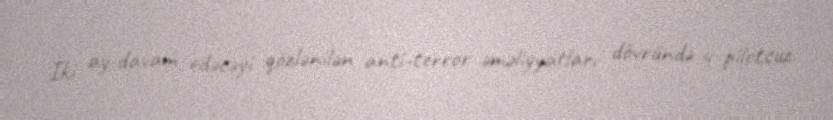
İki ay davam edəcəyi gözlənilən anti-terror əməliyyatları dövründə 4 pilotsuz